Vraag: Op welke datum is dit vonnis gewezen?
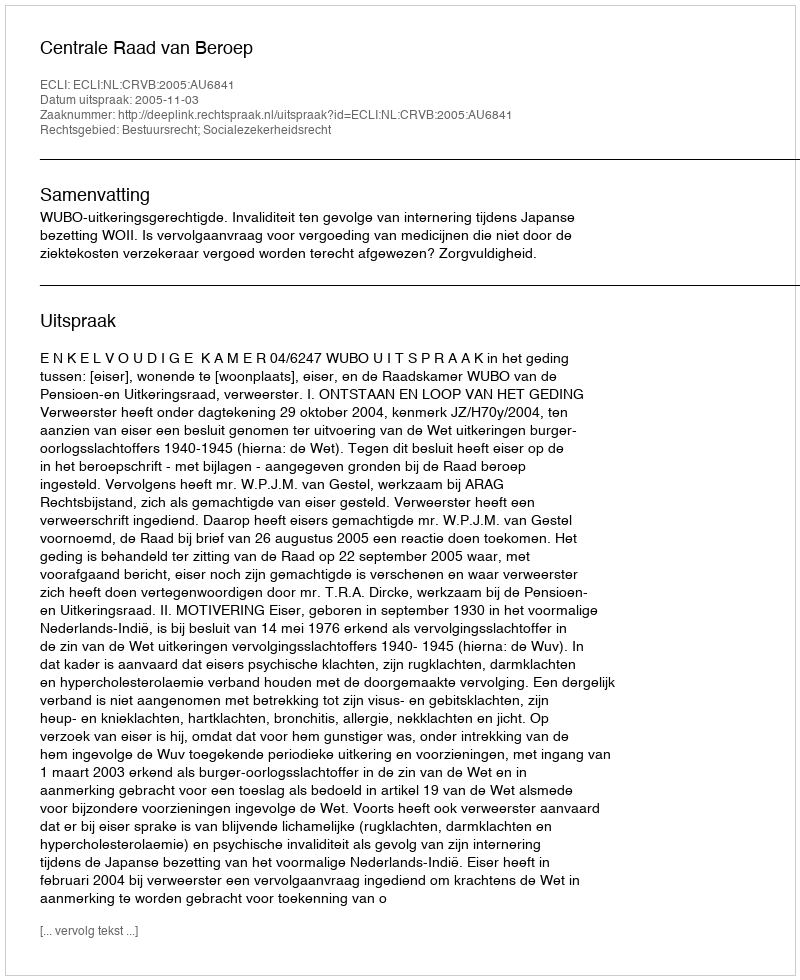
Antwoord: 2005-11-03